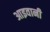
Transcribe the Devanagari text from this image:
आइवानी